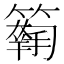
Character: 𥵱